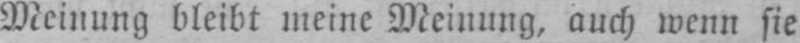
Meinung bleibt meine Meinung, auch wenn sie